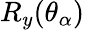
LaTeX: R_{y}(\theta_{\alpha})